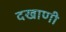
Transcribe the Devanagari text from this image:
दखाणी